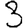
Digit: 3